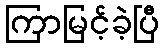
ကြာမြင့်ခဲ့ပြီ